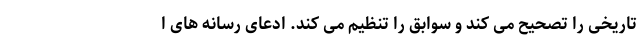
تاریخی را تصحیح می کند و سوابق را تنظیم می کند. ادعای رسانه های ا